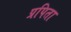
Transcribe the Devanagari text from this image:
प्रपिता